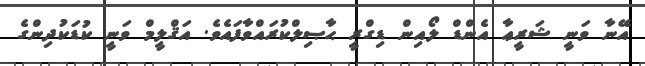
އޭނާ ވަނީ ޝަރީޢާ އެންޑް ލޯއިން ޑިގްރީ ޙާޞިލްކުރައްވާފައެވެ. އަޤްލީމް ވަނީ ކުޑަކުދިންގެ